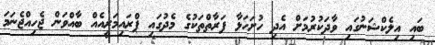
ބައި އިލެކްޝަނުގައި ވާދަކުރުމަށް އެދި ހުށަހަޅާ ފަރާތްތަކުގެ މެދުގައި ޕްރައިމަރީއެއް ބާއްވަން ޖެހިއްޖެނަމަ